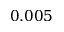
0 . 0 0 5